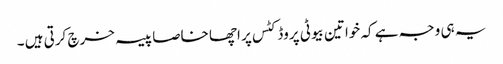
یہ ہی وجہ ہے کہ خواتین بیوٹی پروڈکٹس پر اچھا خاصا پیسہ خرچ کرتی ہیں ۔